Indian journal of veterinary science and animal husbandry - Volume 12,
Year: 1942
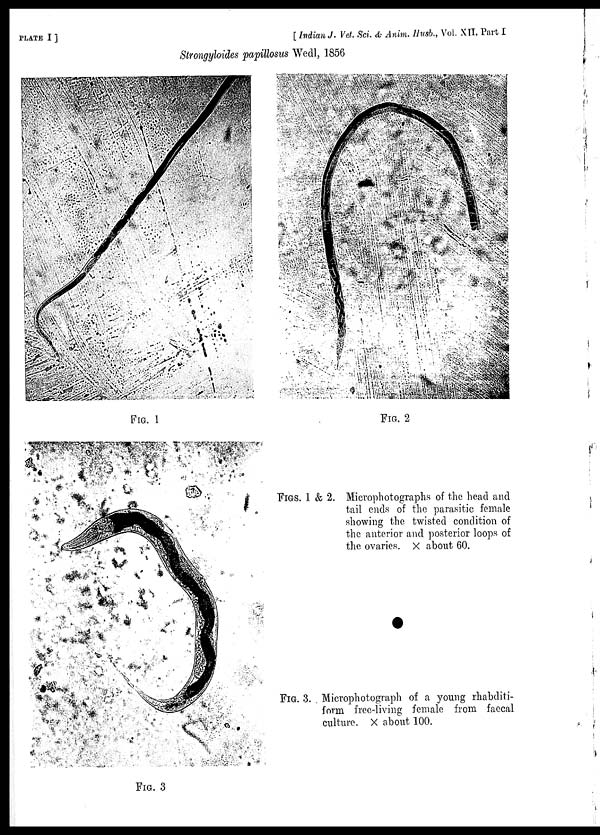
PLATE
I]
[ Indian J. Vet. Sci. & Anim. Husb., Vol. XII, Part I
Strongyloides papillosus Wedl, 1856
FIG. 1
FIG. 2
FIG. 3
FIGS. 1 & 2. Microphotographs of the head and
tail ends of the parasitic female
showing the twisted condition of
the anterior and posterior loops of
the ovaries. × about 60.
FIG. 3. Microphotograph of a young rhabditi¬
form free-living female from faecal
culture. × about 100.